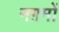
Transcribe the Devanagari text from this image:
नग़मों